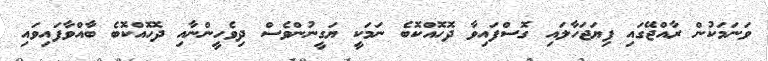
ވަނަމަކުން ރާއްޖޭގައި ފިޔަޖަހާލައި ގޮސްފައިވާ ދޮހޮއްކޮބެ ނަމަކީ ޔަގީނުންވެސް ދިވެހީންނާއި ދޮހޮއްކޮބެ ބާއްވާފައިވައި